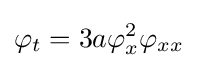
\varphi _{t}=3a\varphi _{x}^{2}\varphi _{xx}